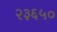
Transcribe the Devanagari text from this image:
२३६५०